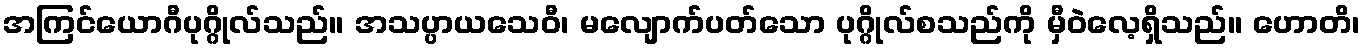
အကြင်ယောဂီပုဂ္ဂိုလ်သည်။ အသပ္ပာယသေဝီ၊ မလျောက်ပတ်သော ပုဂ္ဂိုလ်စသည်ကို မှီဝဲလေ့ရှိသည်။ ဟောတိ၊